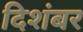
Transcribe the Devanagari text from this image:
दिशंबर